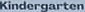
Kindergarten